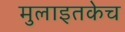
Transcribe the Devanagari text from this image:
मुलाइतकेच